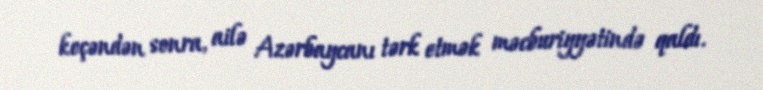
keçəndən sonra, ailə Azərbaycanı tərk etmək məcburiyyətində qaldı.